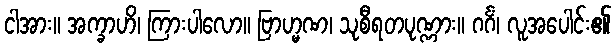
ငါအား။ အက္ခာဟိ၊ ကြားပါလော။ ဗြာဟ္မဏ၊ သုစီရတပုဏ္ဏား။ ဂင်္ဂံ၊ လူအပေါင်း၏